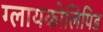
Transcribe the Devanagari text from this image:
ग्लायकोलिपिड